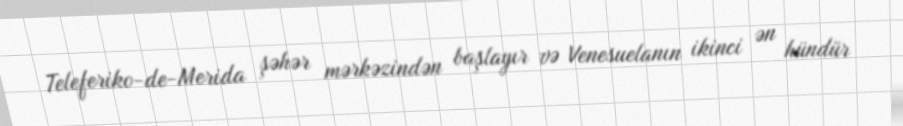
Teleferiko-de-Merida şəhər mərkəzindən başlayır və Venesuelanın ikinci ən hündür